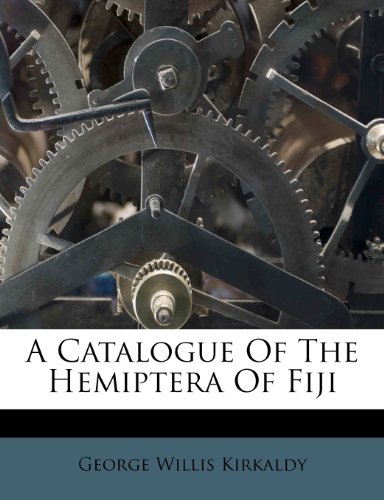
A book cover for A Catalogue Of The Hemiptera Of Fiji; George Willis Kirkaldy; History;